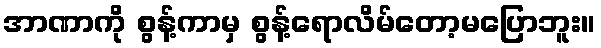
အာဏာကို စွန့်ကာမှ စွန့်ရောလိမ်တော့မပြောဘူး။